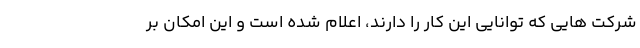
شرکت هایی که توانایی این کار را دارند، اعلام شده است و این امکان بر